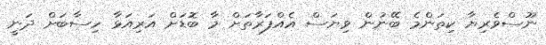
ނޫސްވެރިޔާ ކިތަންމެ ބޭނުން ވިޔަސް އެއްފަރާތަށް މާ ބޮޑަށް އަރިއަޅާ ހިސާބަށް ދަނީ